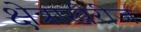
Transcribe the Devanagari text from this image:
क्षेत्राखेरीज